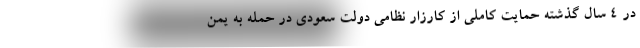
در 4 سال گذشته حمایت کاملی از کارزار نظامی دولت سعودی در حمله به یمن